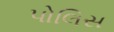
પોલિસ